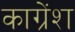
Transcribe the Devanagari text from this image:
काग्रेंश